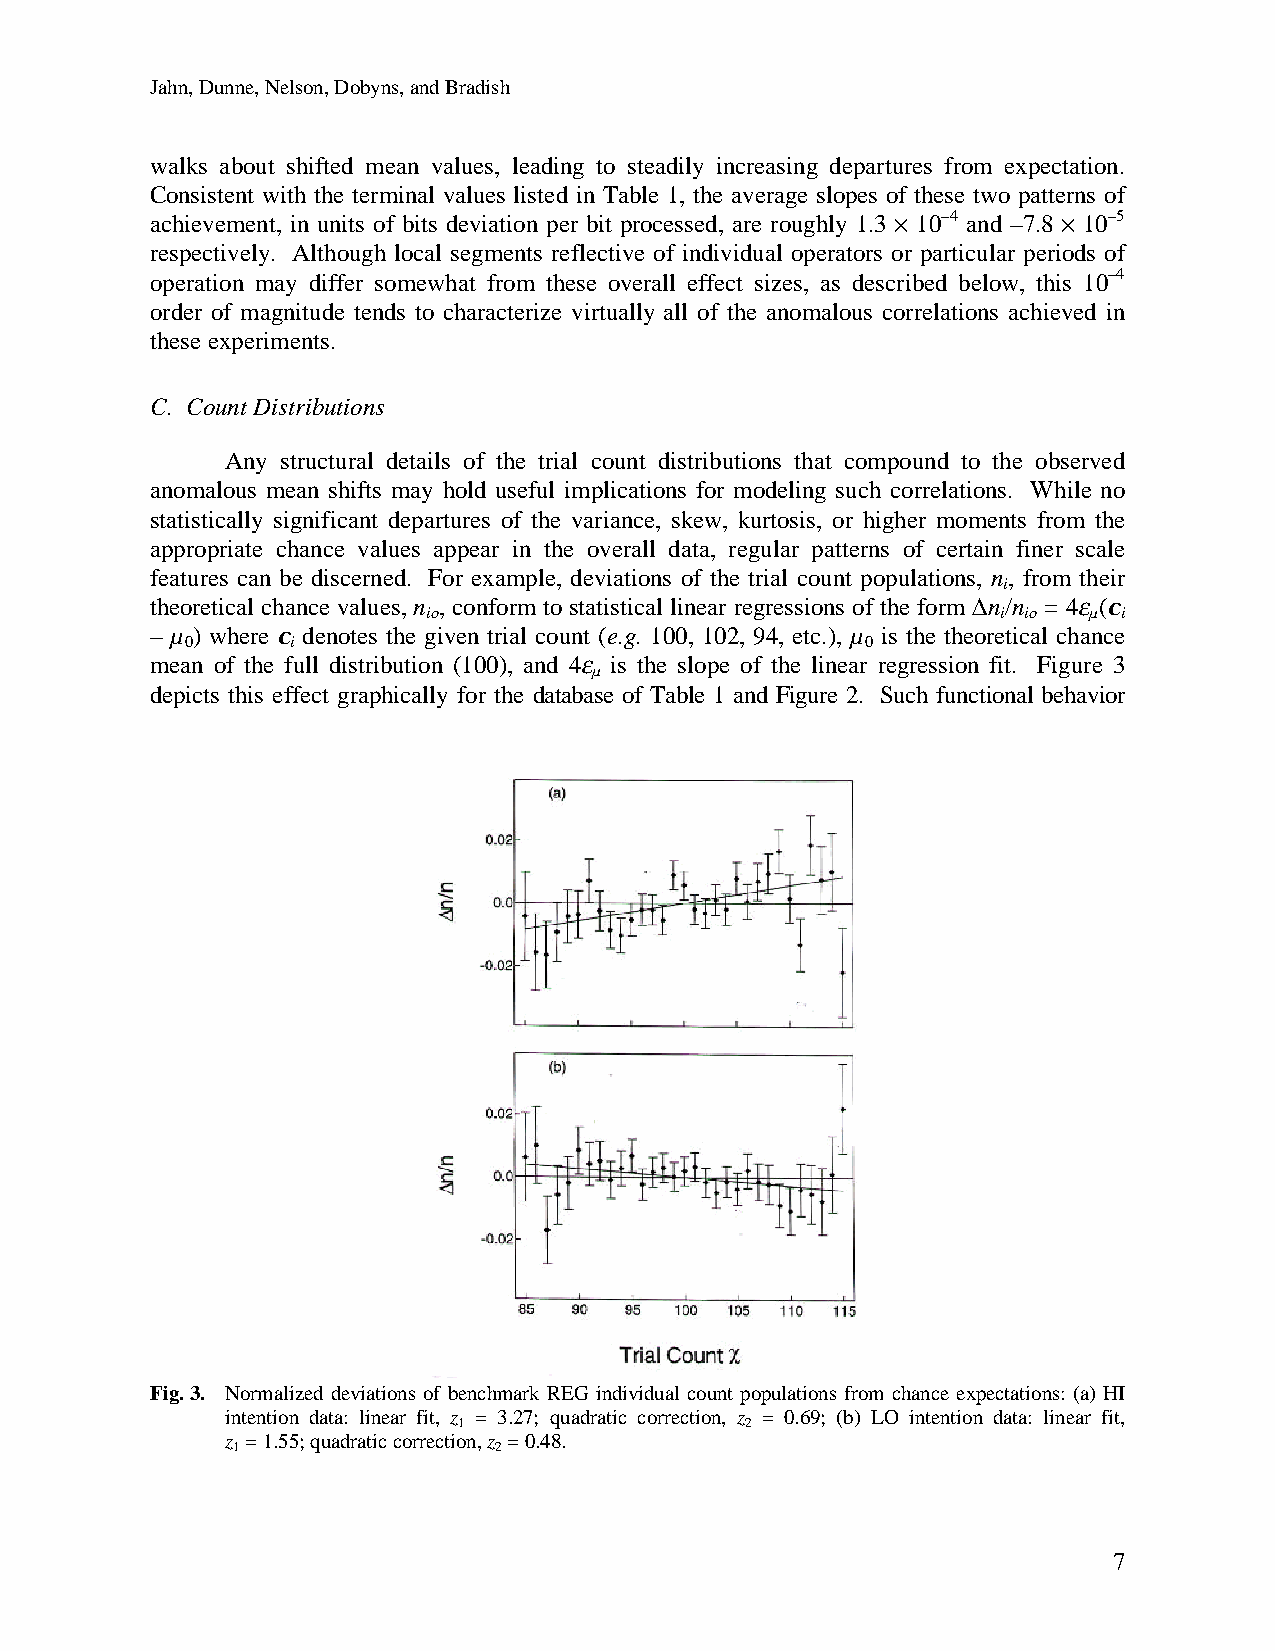
Jahn, Dunne, Nelson, Dobyns, and Bradish
 walks about shifted mean values, leading to steadily increasing departures from expectation.
 Consistent with the terminal values listed in Table 1, the average slopes of these two patterns of
 achievement, in units of bits deviation per bit processed, are roughly 1.3 · 10–4 and –7.8 · 10–5
 respectively. Although local segments reflective of individual operators or particular periods of
 operation may differ somewhat from these overall effect sizes, as described below, this 10–4
 order of magnitude tends to characterize virtually all of the anomalous correlations achieved in
 these experiments.
 C. Count Distributions
 Any structural details of the trial count distributions that compound to the observed
 anomalous mean shifts may hold useful implications for modeling such correlations. While no
 statistically significant departures of the variance, skew, kurtosis, or higher moments from the
 appropriate chance values appear in the overall data, regular patterns of certain finer scale
 features can be discerned. For example, deviations of the trial count populations, n, from their
 i
 theoretical chance values, n , conform to statistical linear regressions of the form D n/n = 4e (c
 io                                    i io  µ i
 – µ ) where c denotes the given trial count (e.g. 100, 102, 94, etc.), µ is the theoretical chance
 0      i                                     0
 mean of the full distribution (100), and 4e is the slope of the linear regression fit. Figure 3
 µ
 depicts this effect graphically for the database of Table 1 and Figure 2. Such functional behavior
 Fig. 3. Normalized deviations of benchmark REG individual count populations from chance expectations: (a) HI
 intention data: linear fit, z = 3.27; quadratic correction, z = 0.69; (b) LO intention data: linear fit,
 1                  2
 z = 1.55; quadratic correction, z = 0.48.
 1                 2
 7